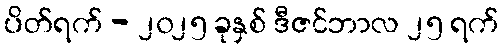
ပိတ်ရက် - ၂၀၂၅ ခုနှစ် ဒီဇင်ဘာလ ၂၅ ရက်